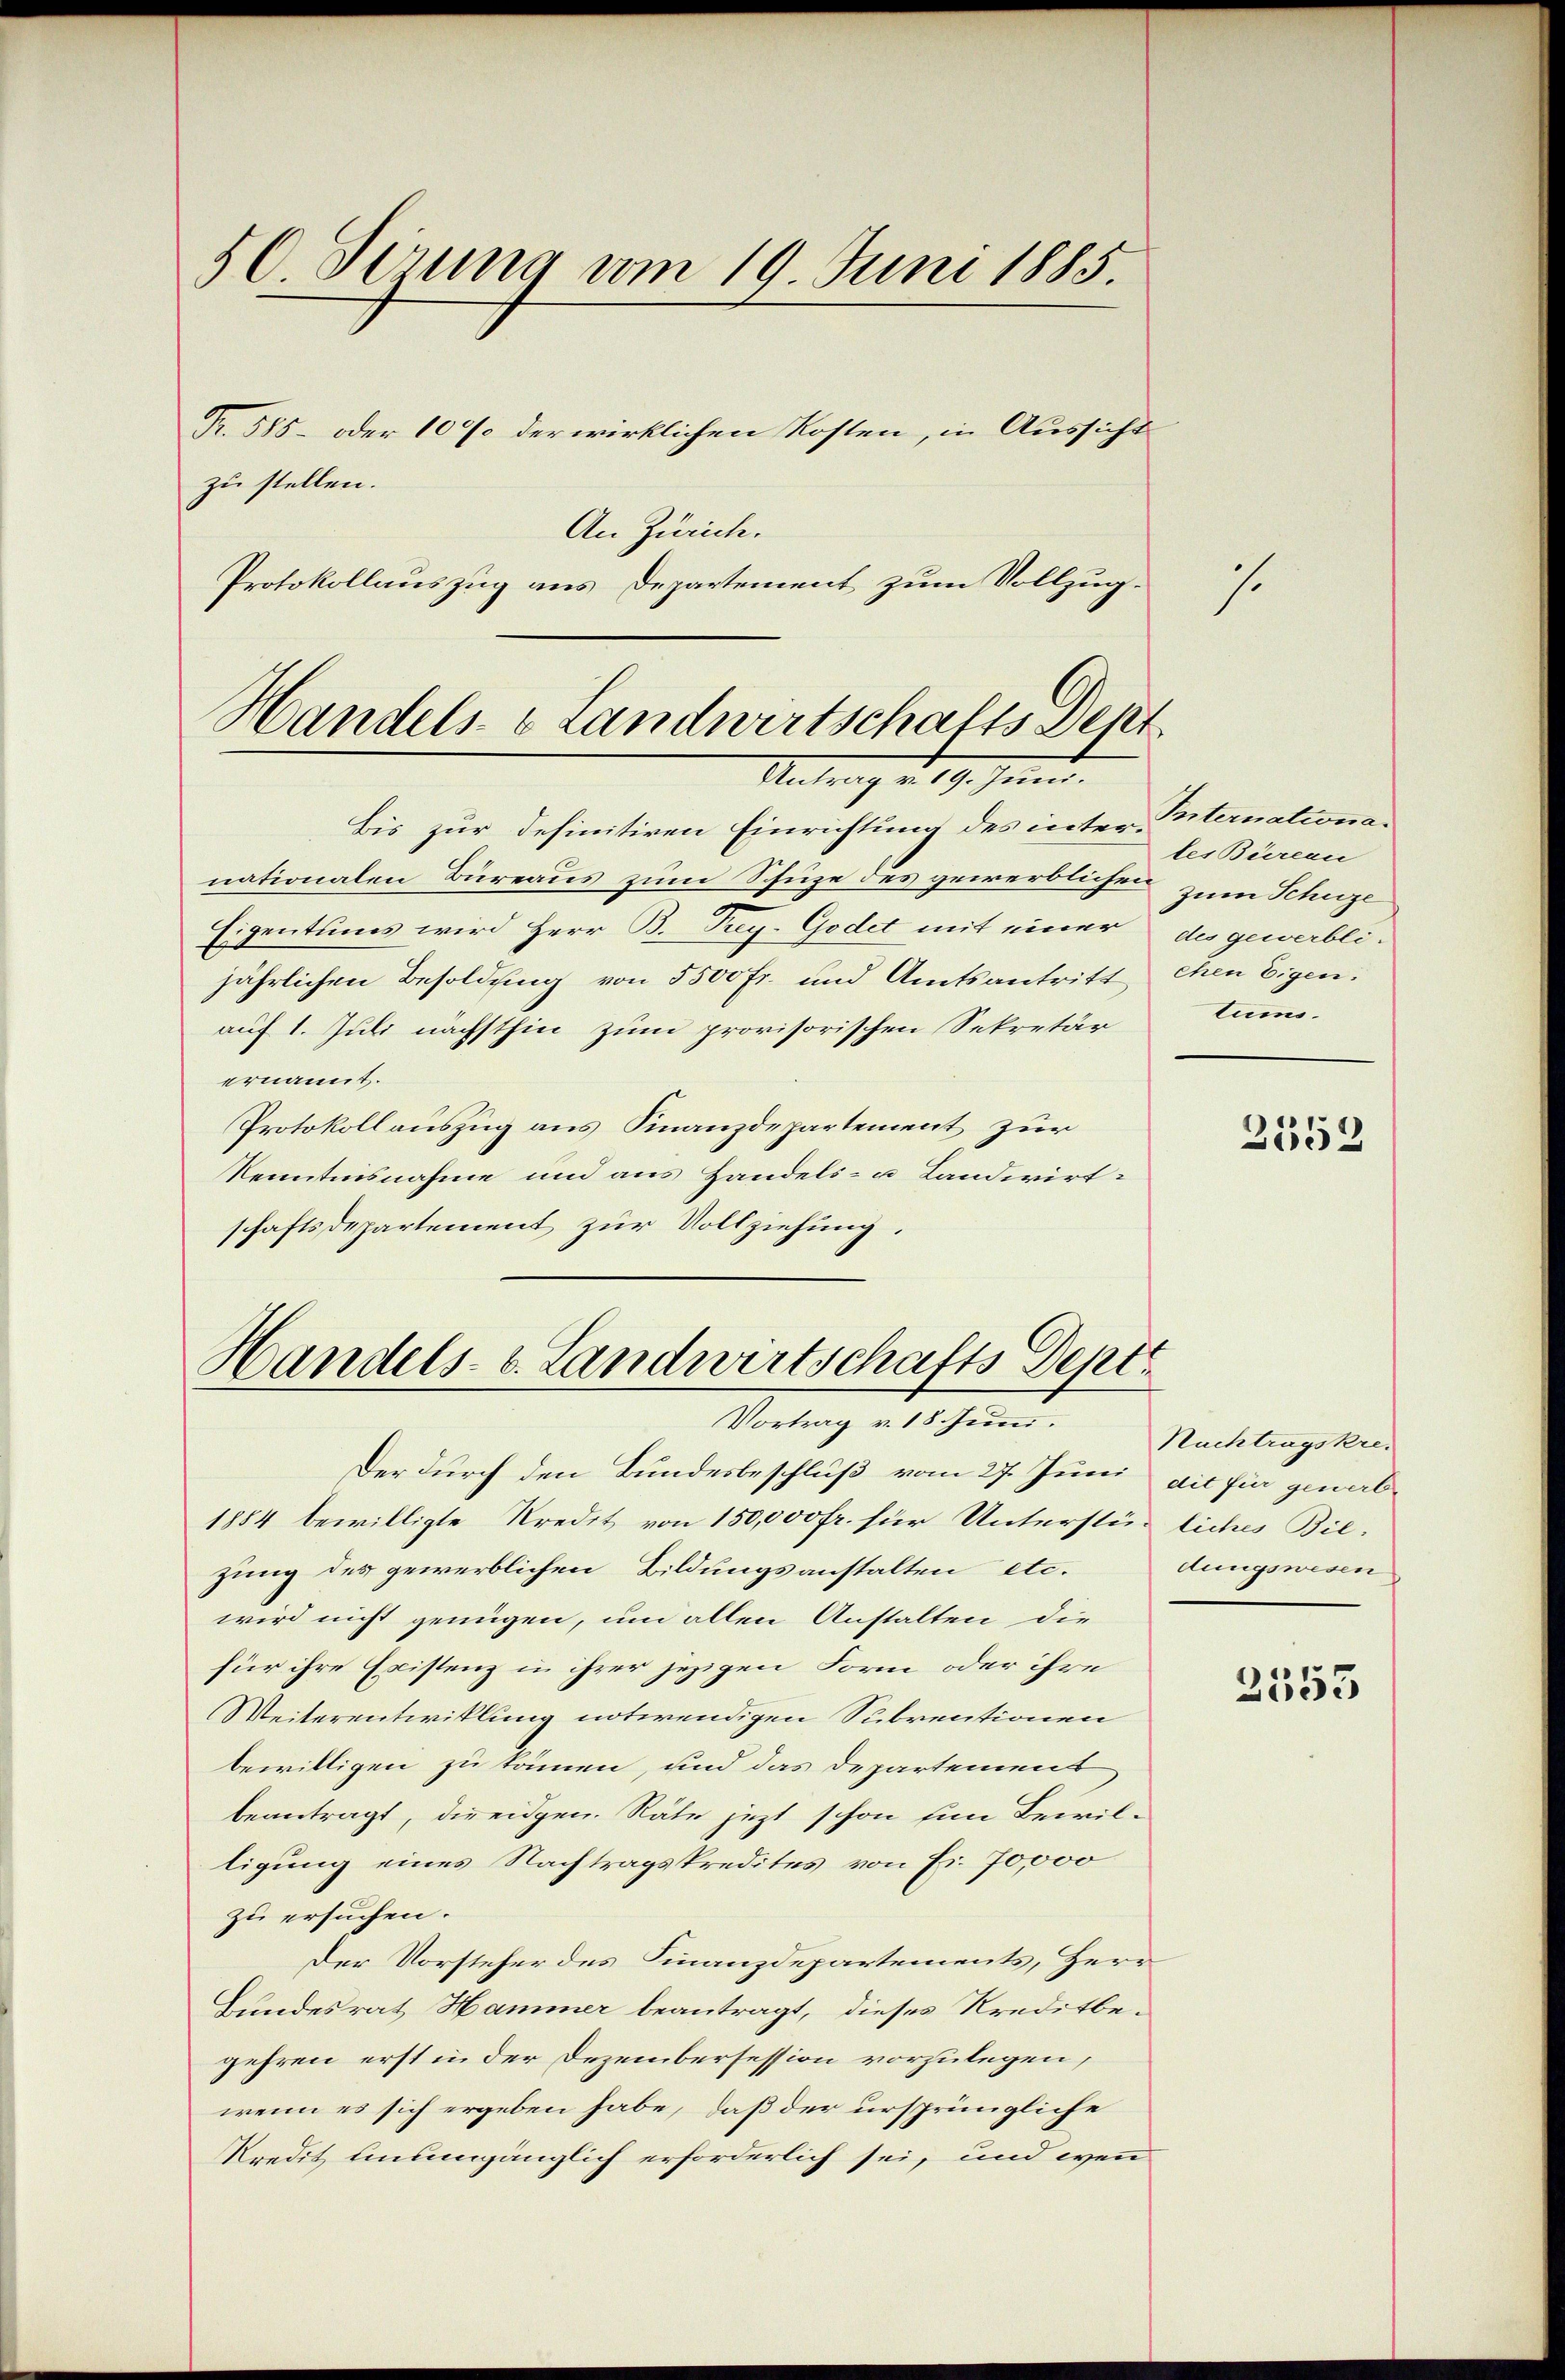
50 Serung vom 19. Juni 1885.
Fr. 585 - oder 10% der wirklichen Kosten, in Aussicht
zu stellen.
An Zürich.
Protokollauszug aus Departement zum Vollzug-

Handels- & Landwirtschafts Dent
Antrag u. 19. Juni.

Bis zur definitiren Einrichtung des inter Peternationanationalen Büreaus zum Schuze des gewerblichen zum Schuze
Eigentums wird Herr B. Trey. Godet mit einer des gewerbli-
jährlichen Besoldung von 5500 Fr. und Amtsantritt, ehen Eigen.
auf 1. Juli nächsthin zum provisorischen Sekretär
ernannt.
Protokollauszug aus Finanzdepartement zur
Kenntnisnahme und aus Handels- u Landwirt-
schaftsdepartement zur Vollziehung.

Der durch den Bundesbeschluß vom 27. Juni ait für ginal¬
1884 bewilligte Kredit von 150,000 fr. für Unterstürliches Bilzung des gewerblichen Bildungsanstalten etc.
wird nicht genügen, um allen Anstalten die
für ihre Existenz in ihrer jezigen Form oder ihre
Weiterentwicklung notwendigen Subventionen
bewilligen zu können, und das Departemens
beantragt, dir eidgen. Räte jetzt schon ein Bewilligung eines Nachtragskredites von Fr. 70,000
zu ersuchen.
Der Vorsteher des Finanzdepartements, Herr
Bundesrat Hammer beantragt, dieses Kreditbegehren erst in der Dezembersession vorzulegen,
wenn es sich ergeben habe, daß der ursprüngliche
Kredit unumgänglich erforderlich sei, und wenn

Handels- u. Landwirtschafts Dept
Vortrag v. 18. Juni.

1.

tes Büreau
tums.

2552

Nachtragskredungswesen

2555